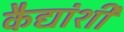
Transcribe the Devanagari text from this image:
कैद्यांशी